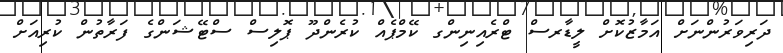
ދަރިވަރުންނަށް އަމާޒުކޮށް ލީޑާރސް ޓްރެއިނިންގ ކޭމްޕެއް ކުރެންދޫ ޕޮލިސް ސްޓޭޝަންގެ ފަރާތުން ކުރިއަށް